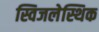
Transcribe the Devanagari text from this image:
स्विजलेस्थिक